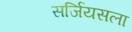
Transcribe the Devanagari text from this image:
सर्जियसला